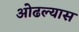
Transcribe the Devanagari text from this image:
ओढल्यास